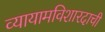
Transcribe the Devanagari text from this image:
व्यायामविशारदाची